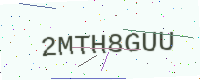
Text: 2MTH8GUU